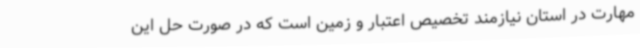
مهارت در استان نیازمند تخصیص اعتبار و زمین است که در صورت حل این